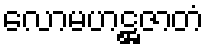
လောမဟဋ္ဌဇာတံ